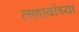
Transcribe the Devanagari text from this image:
तणावांच्या